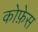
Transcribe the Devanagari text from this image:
कोफ़ेस